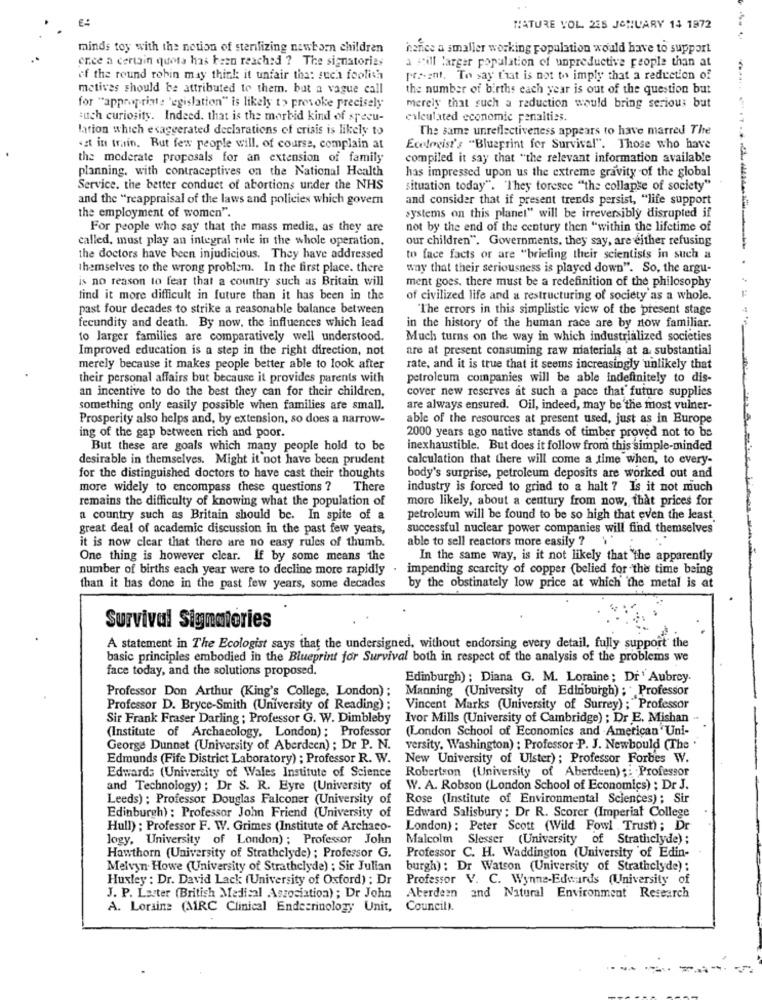
MATURE VOL 225 JANUARY 14 1972
minds toy with the notion of sterilizing newborn children
hance a smaller working population would have to support
ence a certain quota has been reached ? The signatories
a pill larger population of unproductive people than at
of the round robin may think it unfair tha: such foolish
Meant. To say that is not to imply that a reduction of
motives should be attributed to them. but a vague call
the number of births each year is out of the question but
for "appropriate 'egislation" is likely t> provoke precisely
merely that such a reduction would bring serious but
auch curiosity. Indeed. that is the morbid kind of specu-
calculated economic penalties.
lation which exaggerated declarations of crisis is likely to
The same unreflectiveness appears to have marred The
«st in train. But few people will, of course, complain at
Ecologist's "Blueprint for Survival". Those who have
the moderate proposals for an extension of family
compiled it say that "the relevant information available
planning, with contraceptives on the National Health
has impressed upon us the extreme gravity of the global
Service. the better conduct of abortions under the NHS
situation today". "They foresee "the collapse of society"
and the "reappraisal of the laws and policies which govern
and consider that if present trends persist, "life support
the employment of women".
systems on this planet" will be irreversibly disrupted if
For people who say that the mass media, as they are
not by the end of the century then "within the lifetime of
called, must play an integral role in the whole operation.
our children". Governments, they say, are either refusing
the doctors have been injudicious. They have addressed
to face facts or are "briefing their scientists in such a
themselves to the wrong problem. In the first place. there
way that their seriousness is played down". So, the argu-
is no reason to fear that a country such as Britain will
ment goes, there must be a redefinition of the philosophy
find it more difficult in future than it has been in the
of civilized life and a restructuring of society as a whole.
past four decades to strike a reasonable balance between
"The errors in this simplistic view of the present stage
fecundity and death. By now, the influences which lead
in the history of the human race are by now familiar.
to larger families are comparatively well understood.
Much turns on the way in which industrialized societies
Improved education is a step in the right direction, not
are at present consuming raw materials at a substantial
merely because it makes people better able to look after
rate, and it is true that it seems increasingly 'unlikely that
their personal affairs but because it provides parents with
petroleum companies will be able indefinitely to dis-
an incentive to do the best they can for their children,
cover new reserves at such a pace that future supplies
something only easily possible when families are small.
are always ensured. Oil, indeed, may be the most vulner-
Prosperity also helps and, by extension, so does a narrow-
able of the resources at present used, just as in Europe
2000 years ago native stands of timber proved not to be
ing of the gap between rich and poor.
But these are goals which many people hold to be
inexhaustible. But does it follow from this simple-minded
desirable in themselves. Might it not have been prudent
calculation that there will come a time when, to every-
for the distinguished doctors to have cast their thoughts
body's surprise, petroleum deposits are worked out and
more widely to encompass these questions ? There
industry is forced to grind to a halt 7 Is it not much
remains the difficulty of knowing what the population of
more likely, about a century from now, that prices for
a country such as Britain should be. In spite of a
petroleum will be found to be so high that even the least
great deal of academic discussion in the past few years,
successful nuclear power companies will find themselves
able to sell reactors more easily ?
it is now clear that there are no easy rules of thumb.
One thing is however clear. If by some means the
In the same way, is it not likely that "the apparently
number of births each year were to decline more rapidly
impending scarcity of copper (belied for the time being
than it has done in the past few years, some decades
by the obstinately low price at which the metal is at
Survival Signatories
A statement in The Ecologist says that the undersigned, without endorsing every detail, fully support the
basic principles embodied in the Blueprint for Survival both in respect of the analysis of the problems we
face today, and the solutions proposed.
Edinburgh) ; Diana G. M. Loraine; Dr' Aubrey.
Professor Don Arthur (King's College, London) ;
Manning (University of Edinburgh) ; Professor
Professor D. Bryce-Smith (University of Reading); Vincent Marks (University of Surrey) ; "Professor
Sir Frank Fraser Darling : Professor G. W. Dimbleby Ivor Mills (University of Cambridge) ; Dr E. Mishan
(Institute of Archaeology, London): Professor (London School of Economics and American' Uni-
George Dunnet (University of Aberdeen) ; Dr P. N.
versity, Washington) : Professor .P. J. Newbould (The "
Edmunds (Fife District Laboratory) ; Professor R. W.
New University of Ulster); Professor Forbes W.
Robertson (University of Aberdeen) ;: Professor
Edwards (University of Wales Institute of Science
and Technology) : Dr S. R. Eyre (University of
W. A. Robson (London School of Economics) : Dr J.
Leeds) : Professor Douglas Falconer (University of Rose (Institute of Environmental Sciences); Sir
Edward Salisbury : Dr R. Scorer (Imperial College
Edinburgh) : Professor John Friend (University of
Hull) ; Professor F. W. Grimes (Institute of Archaco-
London) : Peter Scott (Wild Fowl Trust); Dr
logy, University of London); Professor John
Malcolm Slesser (University of Strathclyde);
Hawthorn (University of Strathclyde) ; Professor G.
Professor C. H. Waddington (University of Edin-
Melvyn Howe (University of Strathclyde) : Sir Julian
burgh): Dr Watson (University of Strathclyde) :
Huxley : Dr. David Lack (University of Oxford) : Dr
Professor V. C. Wynne-Edwards (University of
J. P. Laster (British Medical Association) ; Dr John
Aberdeen and Natural Environment Research
A. Loraine (ARC Clinical Endecrinology Unit,
Council).